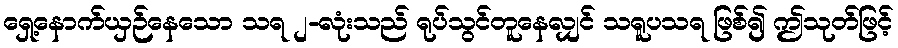
ရှေ့နောက်ယှဉ်နေသော သရ ၂-လုံးသည် ရုပ်သွင်တူနေလျှင် သရူပသရ ဖြစ်၍ ဤသုတ်ဖြင့်